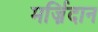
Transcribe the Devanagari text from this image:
मर्ज़िदान